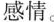
感情。